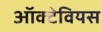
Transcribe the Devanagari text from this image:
ऑक्टेवियस